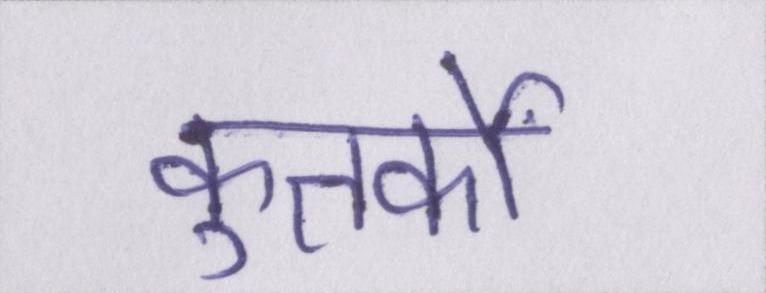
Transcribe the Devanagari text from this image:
कुतर्कों